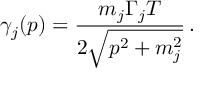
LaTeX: \gamma _ { j } ( p ) = \frac { m _ { j } \Gamma _ { j } T } { 2 \sqrt { p ^ { 2 } + m _ { j } ^ { 2 } } } \, .